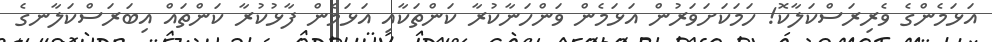
އަޅަމެންގެ ވެރިރަސްކަލާކޮ! ހަމަކަށަވަރުން އަޅަމެން ވަންހަނާކުރާ ކަންތަކާއި އަޅަމެން ފާޅުކުރާ ކަންތައް އިބަރަސްކަލާނގެ